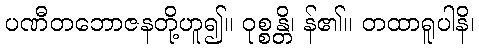
ပဏီတဘောဇနတို့ဟူ၍။ ဝုစ္စန္တိ၊ န်၏။ တထာရူပါနိ၊